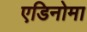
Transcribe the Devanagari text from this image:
एडिनोमा